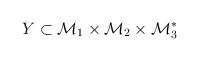
LaTeX: \begin{align*}Y \subset {\cal M}_1 \times {\cal M}_2 \times {\cal M}_3^*\end{align*}